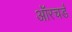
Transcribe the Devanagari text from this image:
ऑरचर्ड